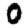
Digit: 0